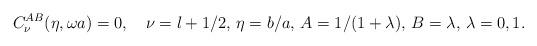
LaTeX: \begin{align*}C_\nu ^{AB}(\eta ,\omega a)=0,\quad \nu =l+1/2,\, \eta =b/a,\, A=1/(1+\lambda),\, B=\lambda,\, \lambda =0,1.\end{align*}